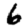
Digit: 6